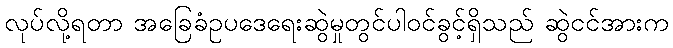
လုပ်လို့ရတာ အခြေခံဥပဒေရေးဆွဲမှုတွင်ပါဝင်ခွင့်ရှိသည် ဆွဲငင်အားက